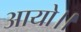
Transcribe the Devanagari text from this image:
आयो।।